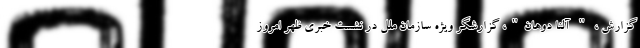
گزارش ، " آلنا دوهان"، گزارشگر ویژه سازمان ملل در نشست خبری ظهر امروز